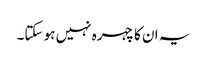
یہ ان کا چہرہ نہیں ہو سکتا۔